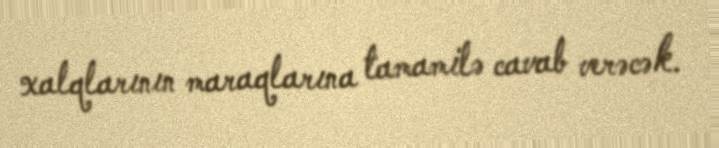
xalqlarının maraqlarına tamamilə cavab verəcək.